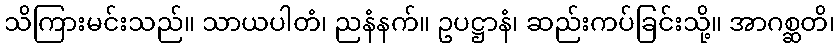
သိကြားမင်းသည်။ သာယပါတံ၊ ညနံနက်။ ဥပဋ္ဌာနံ၊ ဆည်းကပ်ခြင်းသို့။ အာဂစ္ဆတိ၊